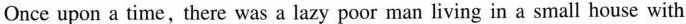
Once upon a time,there was a lazy poor man living in a small house with